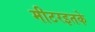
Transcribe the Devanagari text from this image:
मीटरइतके